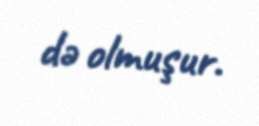
də olmuşur.